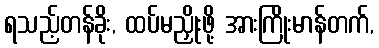
ရသည့်တန်ခိုး, ထပ်မညှိုးဖို့ အားကြိုးမာန်တက်,